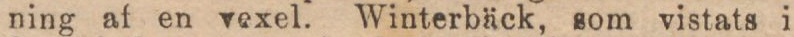
ning af en vexel. Winterbäck, som vistats i